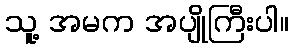
သူ့ အမက အပျိုကြီးပါ။